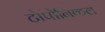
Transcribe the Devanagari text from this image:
टोपोनिकल